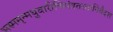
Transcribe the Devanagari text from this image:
भस्ममृन्मधुवारीणिमंत्रतस्तानिवैदश